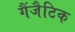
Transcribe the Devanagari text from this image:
गैंजैटिक